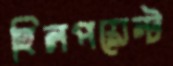
হিলপয়েন্ট